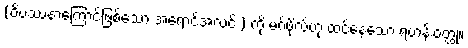
(ဝိပဿနာကြောင့်ဖြစ်သော အရောင်အလင်း) ကို မဂ်ဖိုလ်ဟု ထင်နေသော ရဟန်းဝတ္ထု။